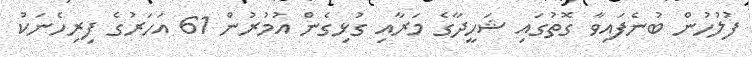
ފުލުހުން ބުނެފައިވާ ގޮތުގައި ޝަހީދާގެ މަރާއި ގުޅިގެން އުމުރުން 61 އަހަރުގެ ފިރިހެނަކު